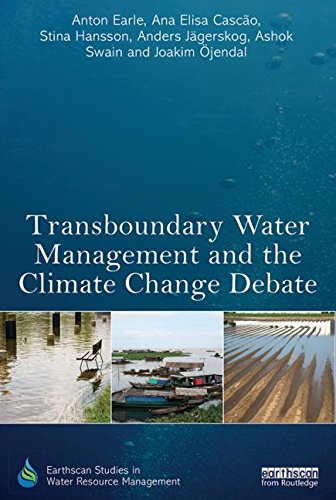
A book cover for Transboundary Water Management and the Climate Change Debate (Earthscan Studies in Water Resource Management); Anton Earle; Science & Math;